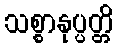
သစ္စာနုပ္ပတ္တိ